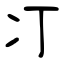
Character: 㓅